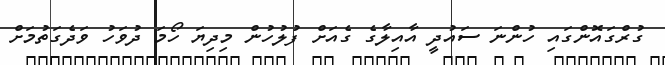
ގުރްގައޮންގައި ހުންނަ ސައުދީ އާއިލާގެ ގެއަށް ފުލުހުން މިދިޔަ ހޯމަ ދުވަހު ވަދެގަތުމަށް